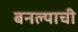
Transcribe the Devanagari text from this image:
बनल्याची